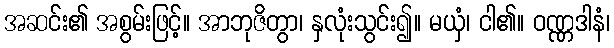
အဆင်း၏ အစွမ်းဖြင့်။ အာဘုဇိတွာ၊ နှလုံးသွင်း၍။ မယှံ၊ ငါ၏။ ဝဏ္ဏဒါနံ၊